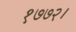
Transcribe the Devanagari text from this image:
१७७२।